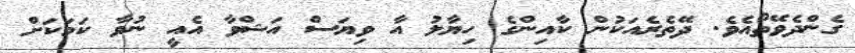
ގެންދެވޭތޯއެވެ. ދޭތެރެއަކުން ކާއިންގެ ހިޔާލު އާ ވިޔަސް އަޝްވާ އެއީ ނުވާ ކަމަކަށް